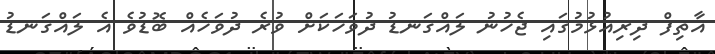
އާތިފް ދިރިއުޅުމުގައި ޖެހުނު ލައްގަނޑު ދުވަހަކަށް ވުރެ ދުވަހެއް ބޮޑުވެ އެ ލައްގަނޑު